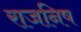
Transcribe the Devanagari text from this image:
राजनिष